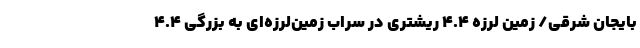
بایجان شرقی/ زمین ‌لرزه ۴.۴ ریشتری در سراب زمین‌لرزه‌ای به بزرگی ۴.۴